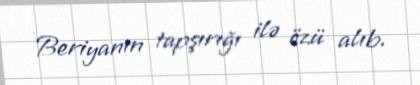
Beriyanın tapşırığı ilə özü alıb.